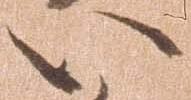
い